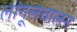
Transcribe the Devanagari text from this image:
लांगूलचालन